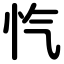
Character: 忾